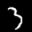
Label: 3